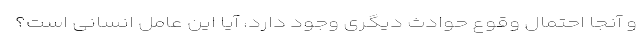
و آنجا احتمال وقوع حوادث دیگری وجود دارد، آیا این عامل انسانی است؟